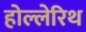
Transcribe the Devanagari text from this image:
होल्लेरिथ